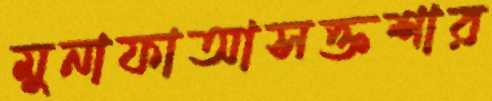
মুনাফাআসক্তশার